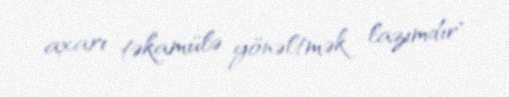
axarı təkamülə yönəltmək lazımdır".